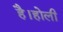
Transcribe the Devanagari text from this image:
है।होली